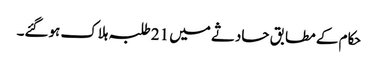
حکام کے مطابق حادثے میں 21 طلبہ ہلاک ہوگئے۔